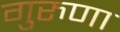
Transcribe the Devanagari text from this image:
गुरुणा